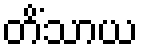
တိံသာယ